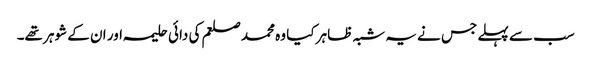
سب سے پہلے جس نے یہ شبہ ظاہر کیا وہ محمد صلعم کی دائی حلیمہ اور ان کے شوہر تھے۔